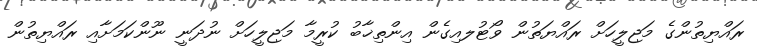
ރައްޔިތުންގެ މަޖިލީހަށް ރައްޔަތުން ވޯޓުލއިގެން އިންތިޚާބު ކުރީމާ މަޖިލީހަށް ނުދަނީ ނޫންކަމަށާއި ރައްޔިތުން